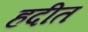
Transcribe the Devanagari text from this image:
हदीत